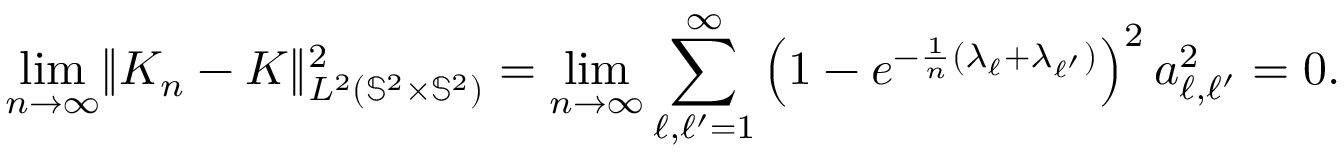
\underset { n \rightarrow \infty } { \operatorname* { l i m } } \Vert K _ { n } - K \Vert _ { L ^ { 2 } ( { \mathbb { S } ^ { 2 } } \times { \mathbb { S } ^ { 2 } } ) } ^ { 2 } = \underset { n \rightarrow \infty } { \operatorname* { l i m } } \sum _ { \ell , \ell ^ { \prime } = 1 } ^ { \infty } \left( 1 - e ^ { - \frac { 1 } { n } ( \lambda _ { \ell } + \lambda _ { \ell ^ { \prime } } ) } \right) ^ { 2 } a _ { \ell , \ell ^ { \prime } } ^ { 2 } = 0 .